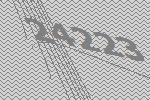
24223